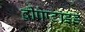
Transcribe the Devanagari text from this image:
द्वीपेप्टाइड